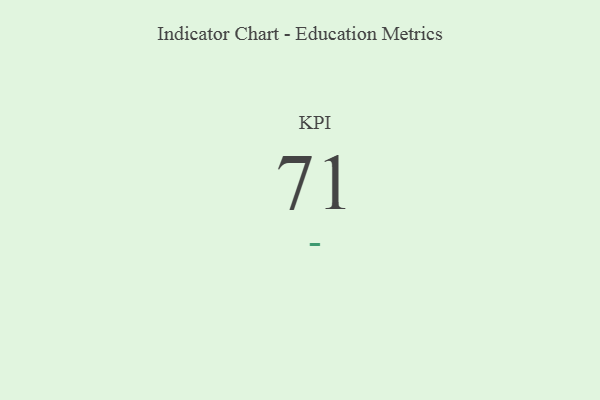
{"axis": {"x": "KPI", "y": "Value"}, "legend": [""], "data": [{"x": "KPI", "y": 71, "type": ""}]}